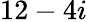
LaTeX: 12-4i